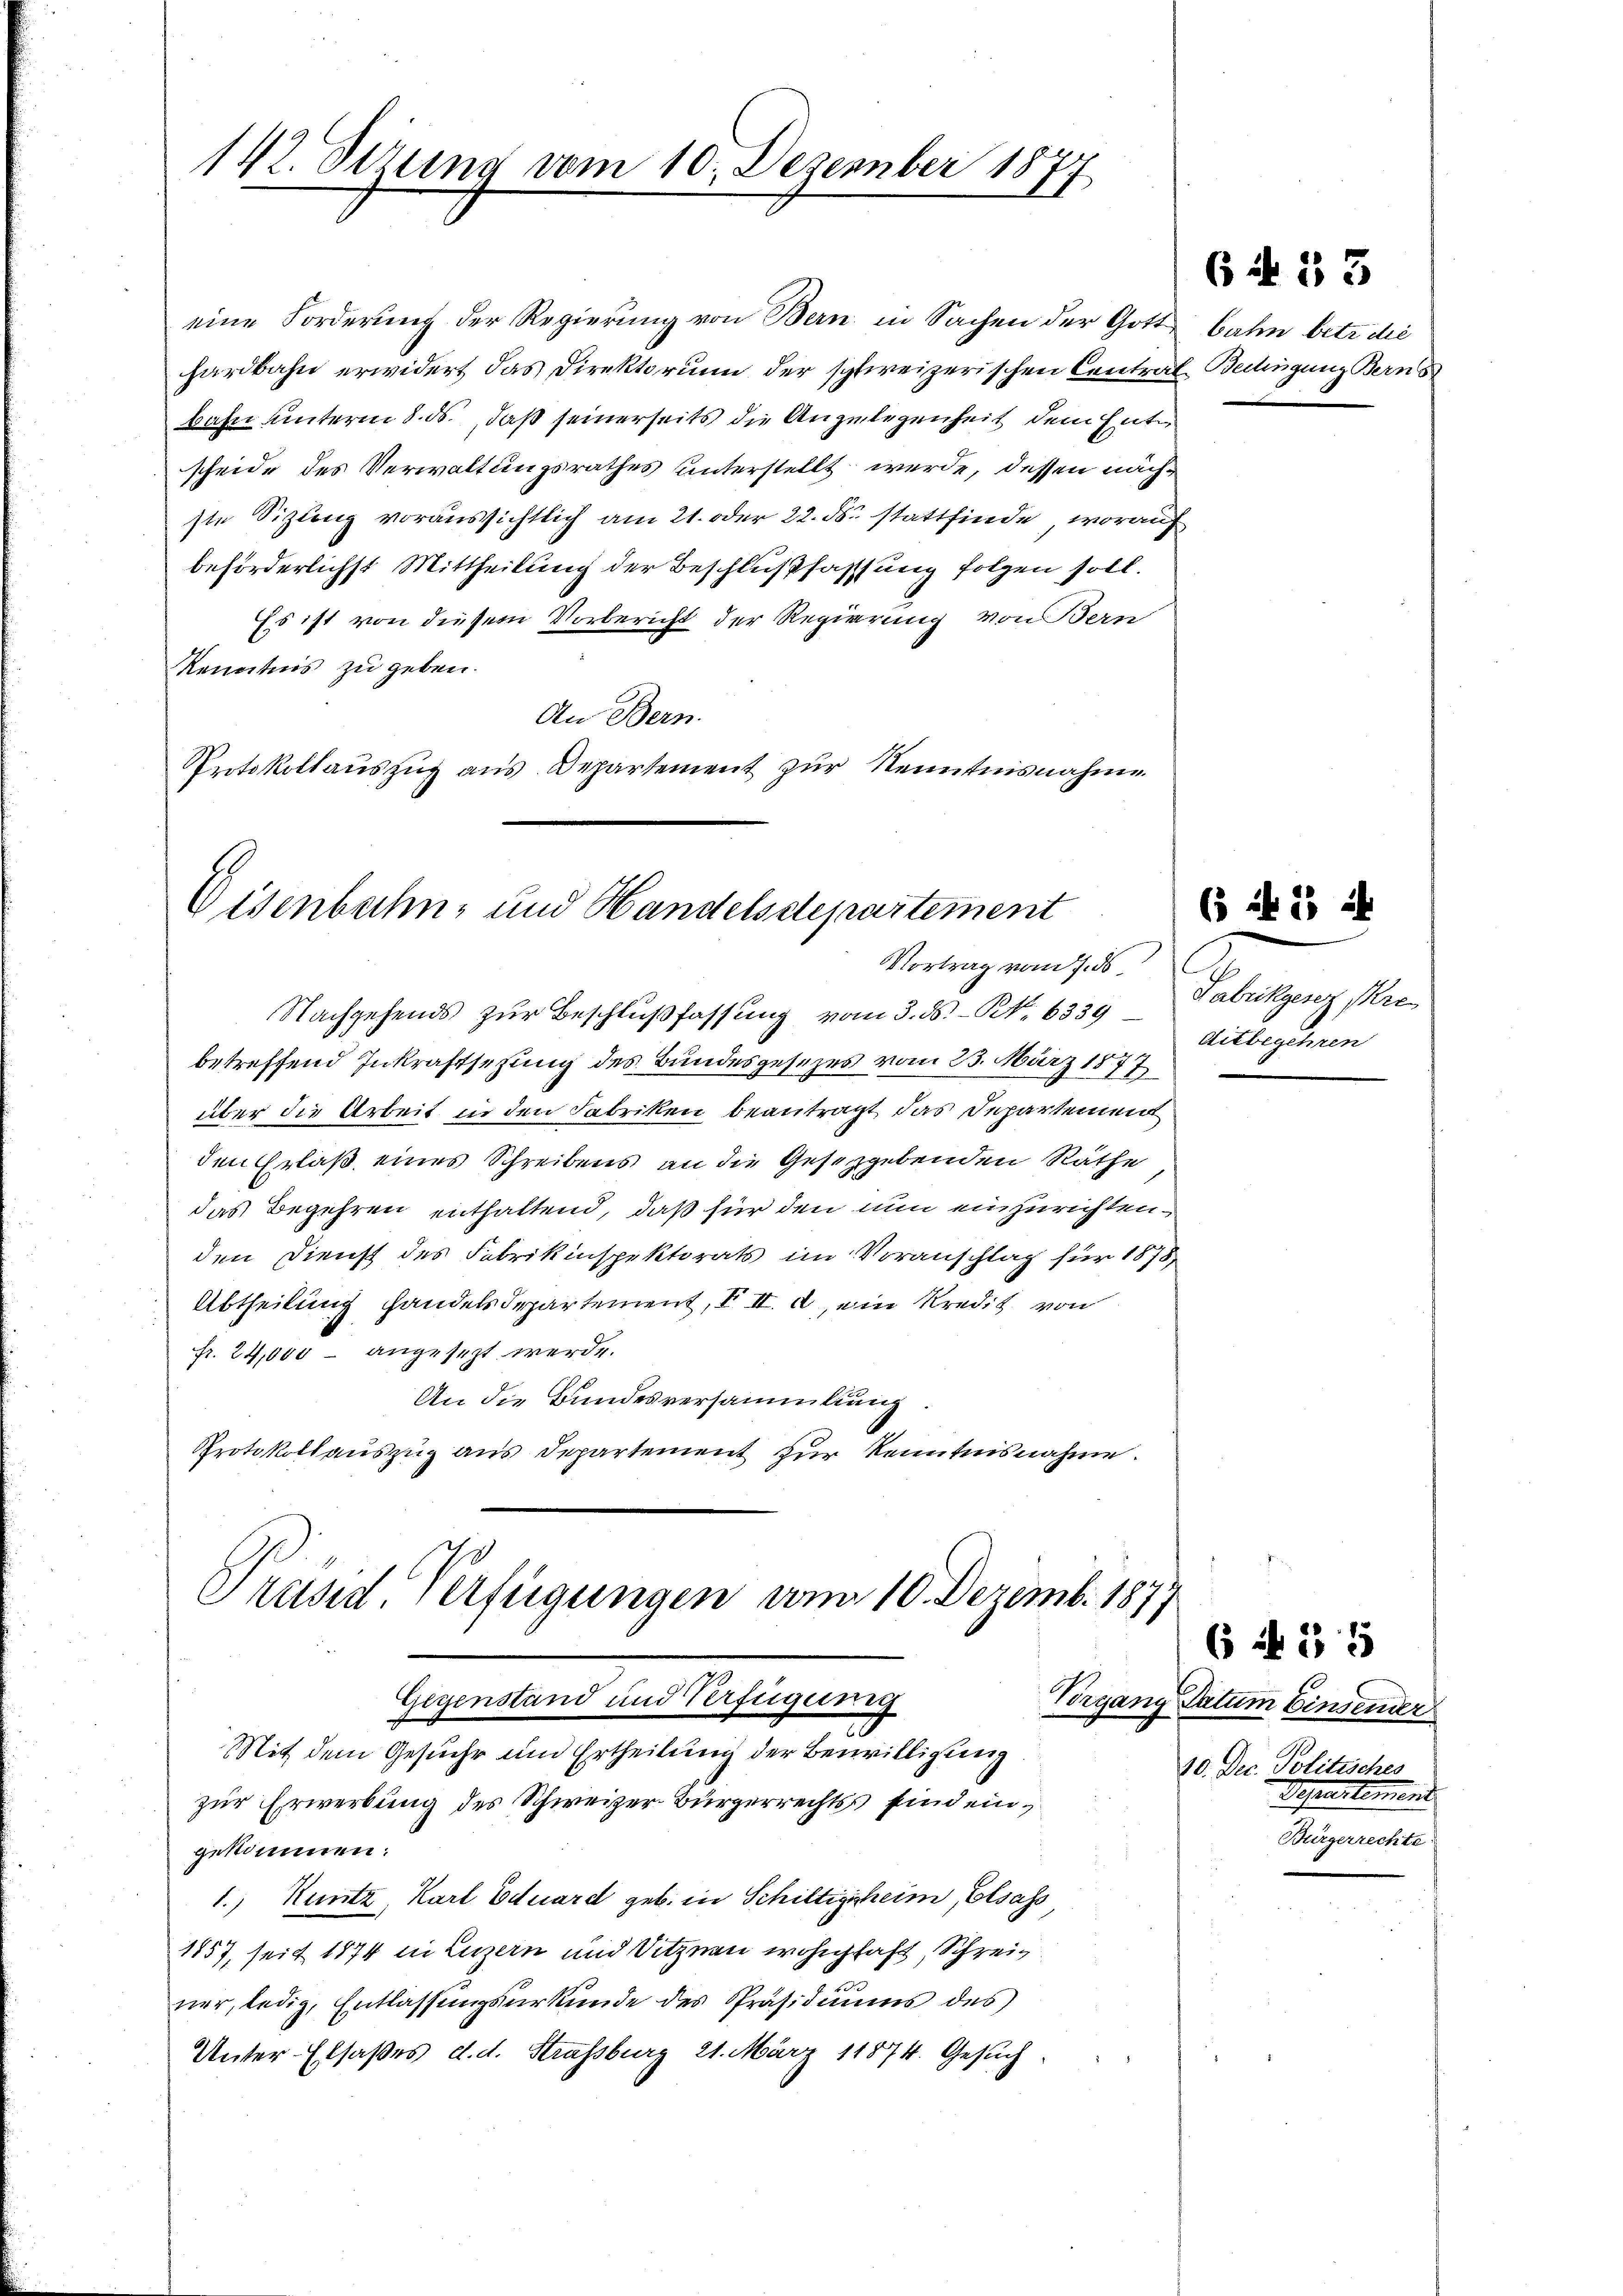
142. Derung vom 10. Dezember 18
Ih

eine Forderung der Regierung von Bern in Sachen der Gott
hardbahn erwidert das Direktorium der schweizerischen Central Bedingung Berns
bahn unterm 8. ds., daß seinerseits die Angelegenheit dem Entscheide des Verwaltungsrathes unterstellt werde, dessen nächste Sizleng voraussichtlich am 21. oder 22. ds. stattfinde, worauf
beförderlichst Mittheilung der Beschlußfassung folgen soll.
Es ist von diesem Vorbericht der Regierung von Bern
Kenntnis zu geben.
An Bern.
Protokollauszug aus Departement zur Kenntnisnahme

Eisenbahn- und Handelsdepartement
Vortrag vom 7. ds

Präsid. Verfügungen vom 10. Dezemb. 1877
Gegenstand und Verfügung

Mit dem Gesuche und Ertheilung der Bewilligung
zur Erwerbung des Schweizer-Bürgerrechts sind eingekommen.
1., Kuntz, Karl Eduard geb. in Schiltigsheim, Elsass
1857, seit 1874 in Luzern und Sitzen wohnhaft, Schreiner, ledig, Entlassungsurkunde des Präsidiums des
Unter- Elsaßes d. d. Strassburg 21. März 18874. Gesuch

Nachgehends zur Beschlußfassung vom 3. ds. - No 6339
betreffend Inkraftsetzung des Bundesgesezes vom 23. März 1877
über die Arbeit in den Fabriken beantragt, das Departement
den Erlaß eines Schreibens an die Gesetzgebenden Räthe
das Begehren enthaltend, daß für den nun einzurichtenden Dienst des Fabrikinspektorats im Voranschlag für 1878
Abtheilung handelsdepartement, III. d ein Kredit von
fr. 24,000 - angesezt werde.
An die Bundesversammlung
Protokollauszug aus Departement zur Kenntnisnahme.

6 f 53

bahn betr. die

6 f 25 2
C
d abrikgesez Pre
Aitbegehren

Vorgang Datum Einsener
10. Dec. Politisches
Separtement
Bürgerrechte

( N 15